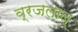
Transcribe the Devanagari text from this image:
व्रजलाल्